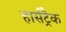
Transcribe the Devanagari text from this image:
हार्सट्रैक